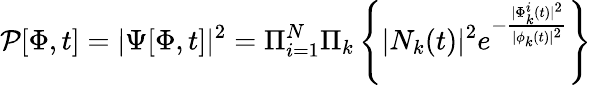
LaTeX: {\cal P}[\Phi,t]=|\Psi[\Phi,t]|^{2}=\Pi_{i=1}^{N}\Pi_{k}\left\{ |N_{k}(t)|^{2}e^{-\frac{|\Phi_{k}^{i}(t)|^{2}}{|\phi_{k}(t)|^{2}}}\right\}